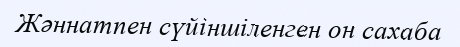
Жәннатпен сүйіншіленген он сахаба